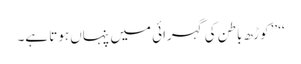
‘‘ ’’کوڑھ باطن کی گہرائی میں پنہاں ہوتا ہے۔